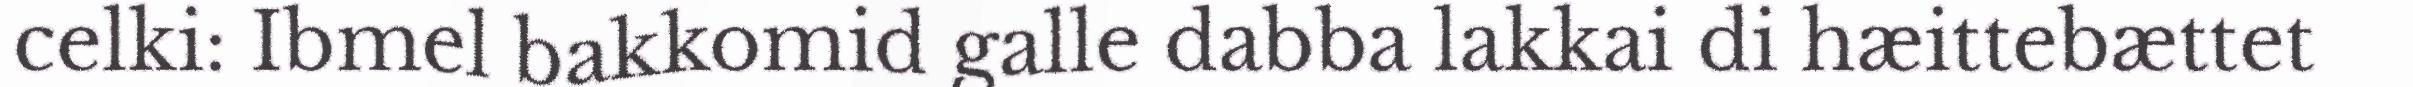
celki: Ibmel bakkomid galle dabba lakkai di hæittebættet